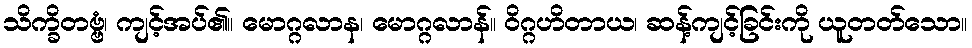
သိက္ခိတဗ္ဗံ၊ ကျင့်အပ်၏။ မောဂ္ဂလာန၊ မောဂ္ဂလာန်။ ဝိဂ္ဂဟိတာယ၊ ဆန့်ကျင့်ခြင်းကို ယူတတ်သော။